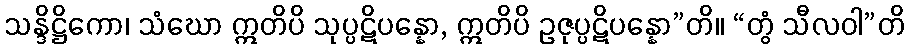
သန္ဒိဋ္ဌိကော၊ သံဃော ဣတိပိ သုပ္ပဋိပန္နော, ဣတိပိ ဥဇုပ္ပဋိပန္နော”တိ။ “တွံ သီလဝါ”တိ